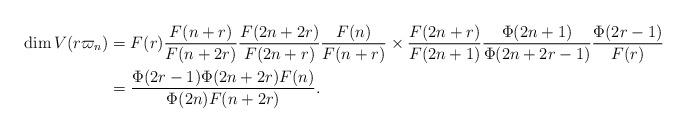
LaTeX: \begin{align*}\dim V(r \varpi_n) &= F(r) \dfrac{F(n+r)}{F(n+2r)}\dfrac{F(2n+2r)}{F(2n+r)}\dfrac{F(n)}{F(n+r)} \times \dfrac{F(2n+r)}{F(2n+1)}\dfrac{\Phi(2n+1)}{\Phi(2n+2r-1)}\dfrac{\Phi(2r-1)}{F(r)} \\&= \dfrac{\Phi(2r-1)\Phi(2n+2r)F(n)}{\Phi(2n)F(n+2r)}.\end{align*}